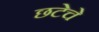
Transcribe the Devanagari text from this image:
छटेचे